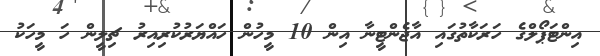
އިންޓަޕޯލްގެ ހަރަކާތުގައި އާޖެންޓީނާ އިން 10 މީހުން ހައްޔަރުކުރިއިރު ޗިލީން ހަ މީހަކު